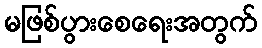
မဖြစ်ပွားစေရေးအတွက်